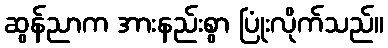
ဆွန်ညာက အားနည်းစွာ ပြုံးလိုက်သည်။